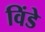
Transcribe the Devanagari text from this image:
विंडे